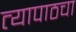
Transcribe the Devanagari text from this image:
त्यापाठचा